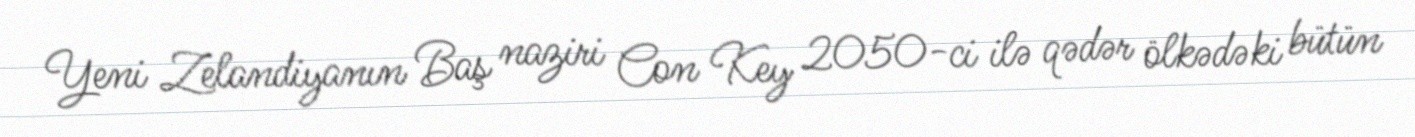
Yeni Zelandiyanın Baş naziri Con Key 2050-ci ilə qədər ölkədəki bütün